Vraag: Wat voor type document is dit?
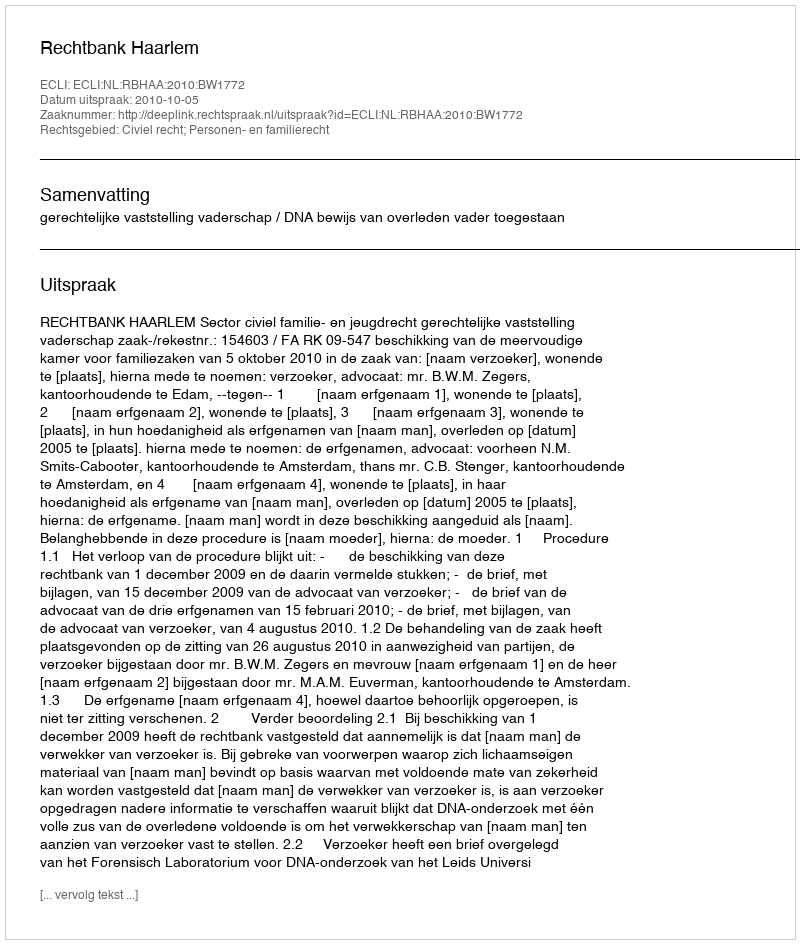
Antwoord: Uitspraak